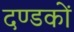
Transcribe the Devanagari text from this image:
दण्डकों